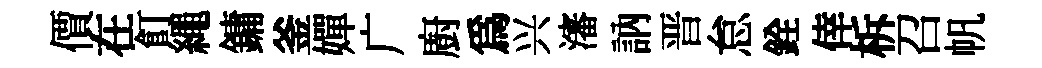
價在飣繩鏞釜嬋广廚為兴瀋訥晋怠銓倖柝召帆